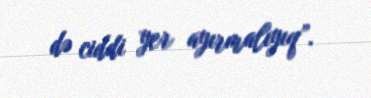
də ciddi yer ayırmalıyıq”.